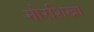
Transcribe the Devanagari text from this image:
मोरशिखा